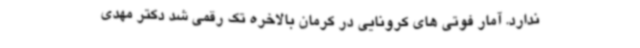
ندارد. آمار فوتی های کرونایی در کرمان بالاخره تک رقمی شد دکتر مهدی